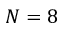
N = 8